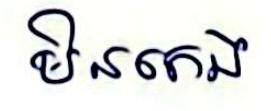
មិនកេង